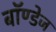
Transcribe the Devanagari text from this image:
बॉण्डेज